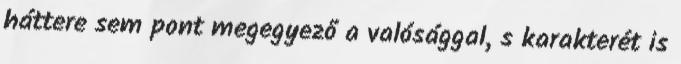
háttere sem pont megegyező a valósággal, s karakterét is